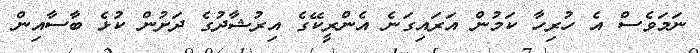
ނަމަވެސް އެ ހުރިހާ ކަމުން އަރައިގަނެ އެންރީކޭގެ އިރުޝާދުގެ ދަށުން ކުޅެ ބާސާއިން